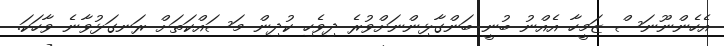
އެހެންނޫނަސް ޒަމީހާ އެއްނު ބުނީ ބަންގާޅިންނަށްވުރެ ދިވެހި ކުދިން މަސައްކަތަށް ރަނގަޅުވާނެ ވާހަކަ.